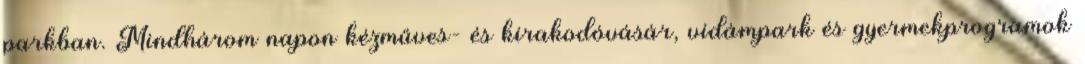
parkban. Mindhárom napon kézműves- és kirakodóvásár, vidámpark és gyermekprogramok